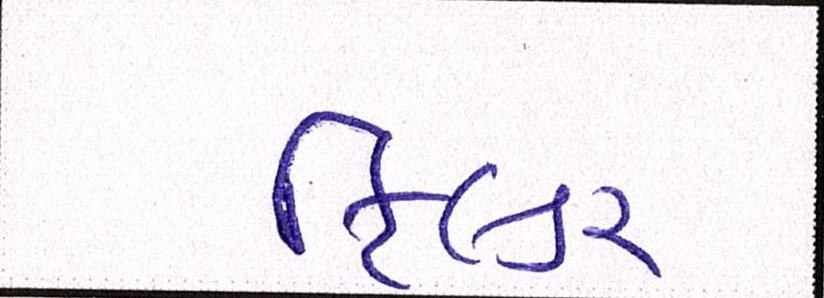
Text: ફિલ્ડર